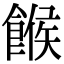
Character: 餱